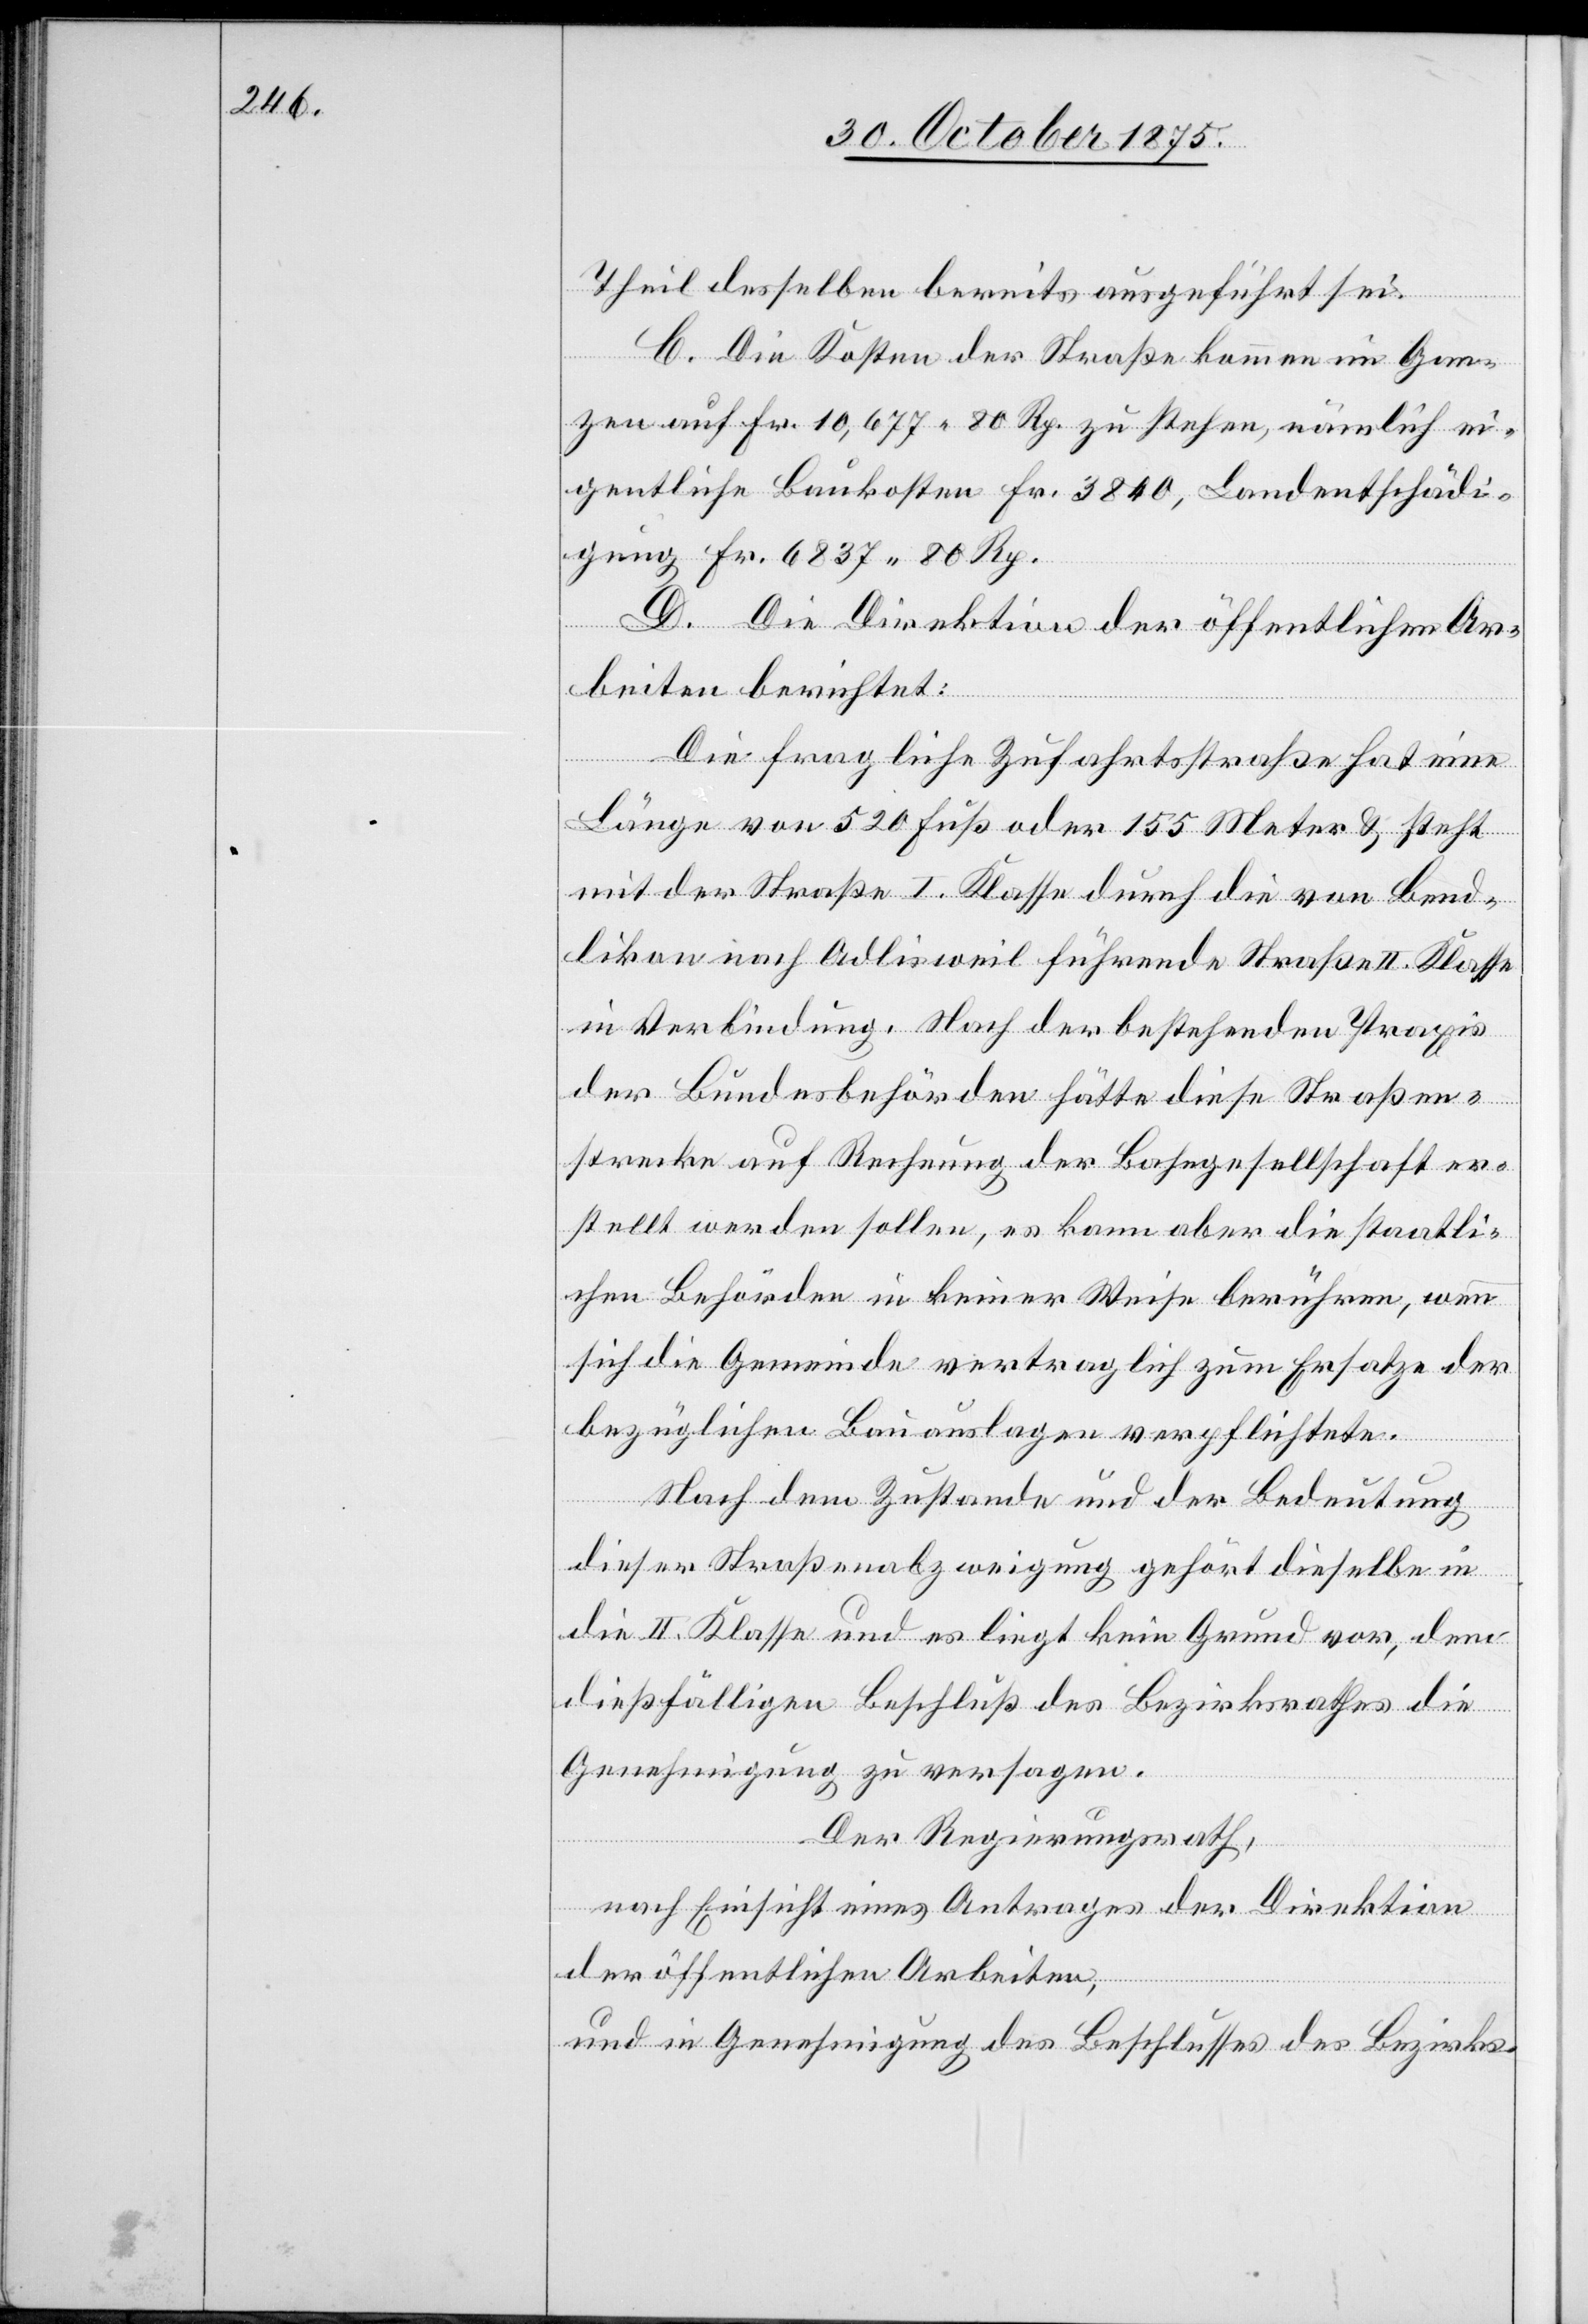
Theil desselben bereits ausgeführt sei.
C. Die Kosten der Straße kommen im Gan¬
zen auf Fr. 10,677 80 Rp. zu stehen, nämlich ei¬
gentliche Baukosten Fr. 3840, Landentschädi¬
gung Fr. 6837 80 Rp.
D. Die Direktion der öffentlichen Ar¬
beiten berichtet:
Die fragliche Zufahrtsstraße hat eine
Länge von 520 Fuß oder 155 Meter & steht
mit der Straße I. Klasse durch die von Bend¬
likon nach Adlisweil führende Straße II. Klasse
in Verbindung. Nach der bestehenden Praxis
der Bundesbehörden hätte diese Straßen¬
strecke auf Rechnung der Bahngesellschaft er¬
stellt werden sollen, es kann aber die staatli¬
chen Behörden in keiner Weise berühren, wenn
sich die Gemeinde vertraglich zum Ersatze der
bezüglichen Bauauslagen verpflichtete.
Nach dem Zustande und der Bedeutung
dieser Straßenabzweigung gehört dieselbe in
die II. Klasse und es liegt kein Grund vor, dem
dießfälligen Beschluß des Bezirksrathes die
Genehmigung zu versagen.
Der Regierungsrath,
nach Einsicht eines Antrages der Direktion
der öffentlichen Arbeiten,
und in Genehmigung des Beschlusses des Bezirks-